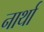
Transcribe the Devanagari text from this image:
नार्था